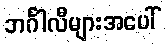
ဘင်္ဂါလီများအပေါ်